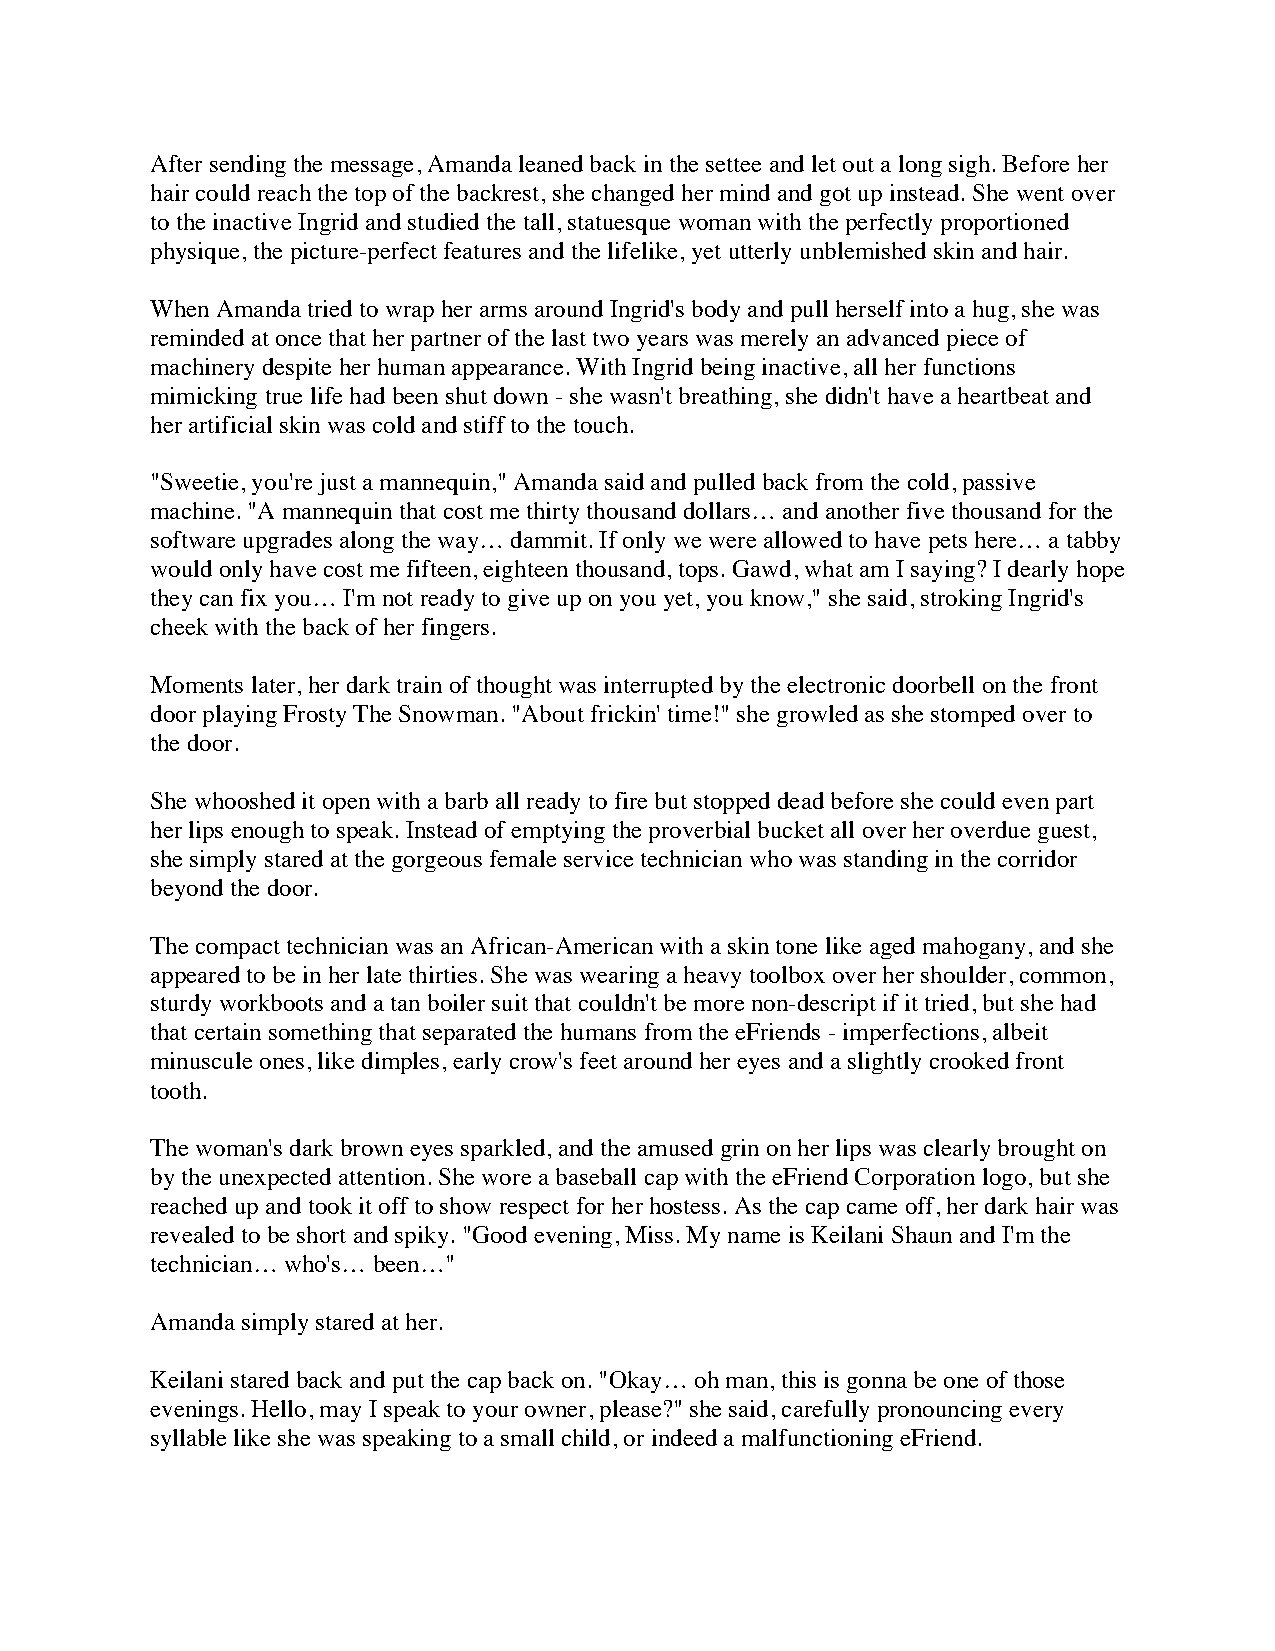
After sending the message, Amanda leaned back in the settee and let out a long sigh. Before her
 hair could reach the top of the backrest, she changed her mind and got up instead. She went over
 to the inactive Ingrid and studied the tall, statuesque woman with the perfectly proportioned
 physique, the picture-perfect features and the lifelike, yet utterly unblemished skin and hair.
 When Amanda tried to wrap her arms around Ingrid's body and pull herself into a hug, she was
 reminded at once that her partner of the last two years was merely an advanced piece of
 machinery despite her human appearance. With Ingrid being inactive, all her functions
 mimicking true life had been shut down - she wasn't breathing, she didn't have a heartbeat and
 her artificial skin was cold and stiff to the touch.
 "Sweetie, you're just a mannequin," Amanda said and pulled back from the cold, passive
 machine. "A mannequin that cost me thirty thousand dollars… and another five thousand for the
 software upgrades along the way… dammit. If only we were allowed to have pets here… a tabby
 would only have cost me fifteen, eighteen thousand, tops. Gawd, what am I saying? I dearly hope
 they can fix you… I'm not ready to give up on you yet, you know," she said, stroking Ingrid's
 cheek with the back of her fingers.
 Moments later, her dark train of thought was interrupted by the electronic doorbell on the front
 door playing Frosty The Snowman. "About frickin' time!" she growled as she stomped over to
 the door.
 She whooshed it open with a barb all ready to fire but stopped dead before she could even part
 her lips enough to speak. Instead of emptying the proverbial bucket all over her overdue guest,
 she simply stared at the gorgeous female service technician who was standing in the corridor
 beyond the door.
 The compact technician was an African-American with a skin tone like aged mahogany, and she
 appeared to be in her late thirties. She was wearing a heavy toolbox over her shoulder, common,
 sturdy workboots and a tan boiler suit that couldn't be more non-descript if it tried, but she had
 that certain something that separated the humans from the eFriends - imperfections, albeit
 minuscule ones, like dimples, early crow's feet around her eyes and a slightly crooked front
 tooth.
 The woman's dark brown eyes sparkled, and the amused grin on her lips was clearly brought on
 by the unexpected attention. She wore a baseball cap with the eFriend Corporation logo, but she
 reached up and took it off to show respect for her hostess. As the cap came off, her dark hair was
 revealed to be short and spiky. "Good evening, Miss. My name is Keilani Shaun and I'm the
 technician… who's… been…"
 Amanda simply stared at her.
 Keilani stared back and put the cap back on. "Okay… oh man, this is gonna be one of those
 evenings. Hello, may I speak to your owner, please?" she said, carefully pronouncing every
 syllable like she was speaking to a small child, or indeed a malfunctioning eFriend.